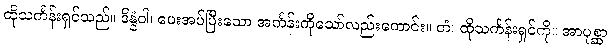
ထိုသင်္ကန်းရှင်သည်။ ဒိန္နံဝါ၊ ပေးအပ်ပြီးသော အင်္ကန်းကိုသော်လည်းကောင်း။ တံ၊ ထိုသင်္ကန်းရှင်ကို။ အာပုစ္ဆာ